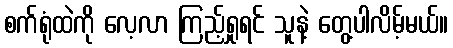
စက်ရုံထဲကို လေ့လာ ကြည့်ရှုရင် သူနဲ့ တွေ့ပါလိမ့်မယ်။